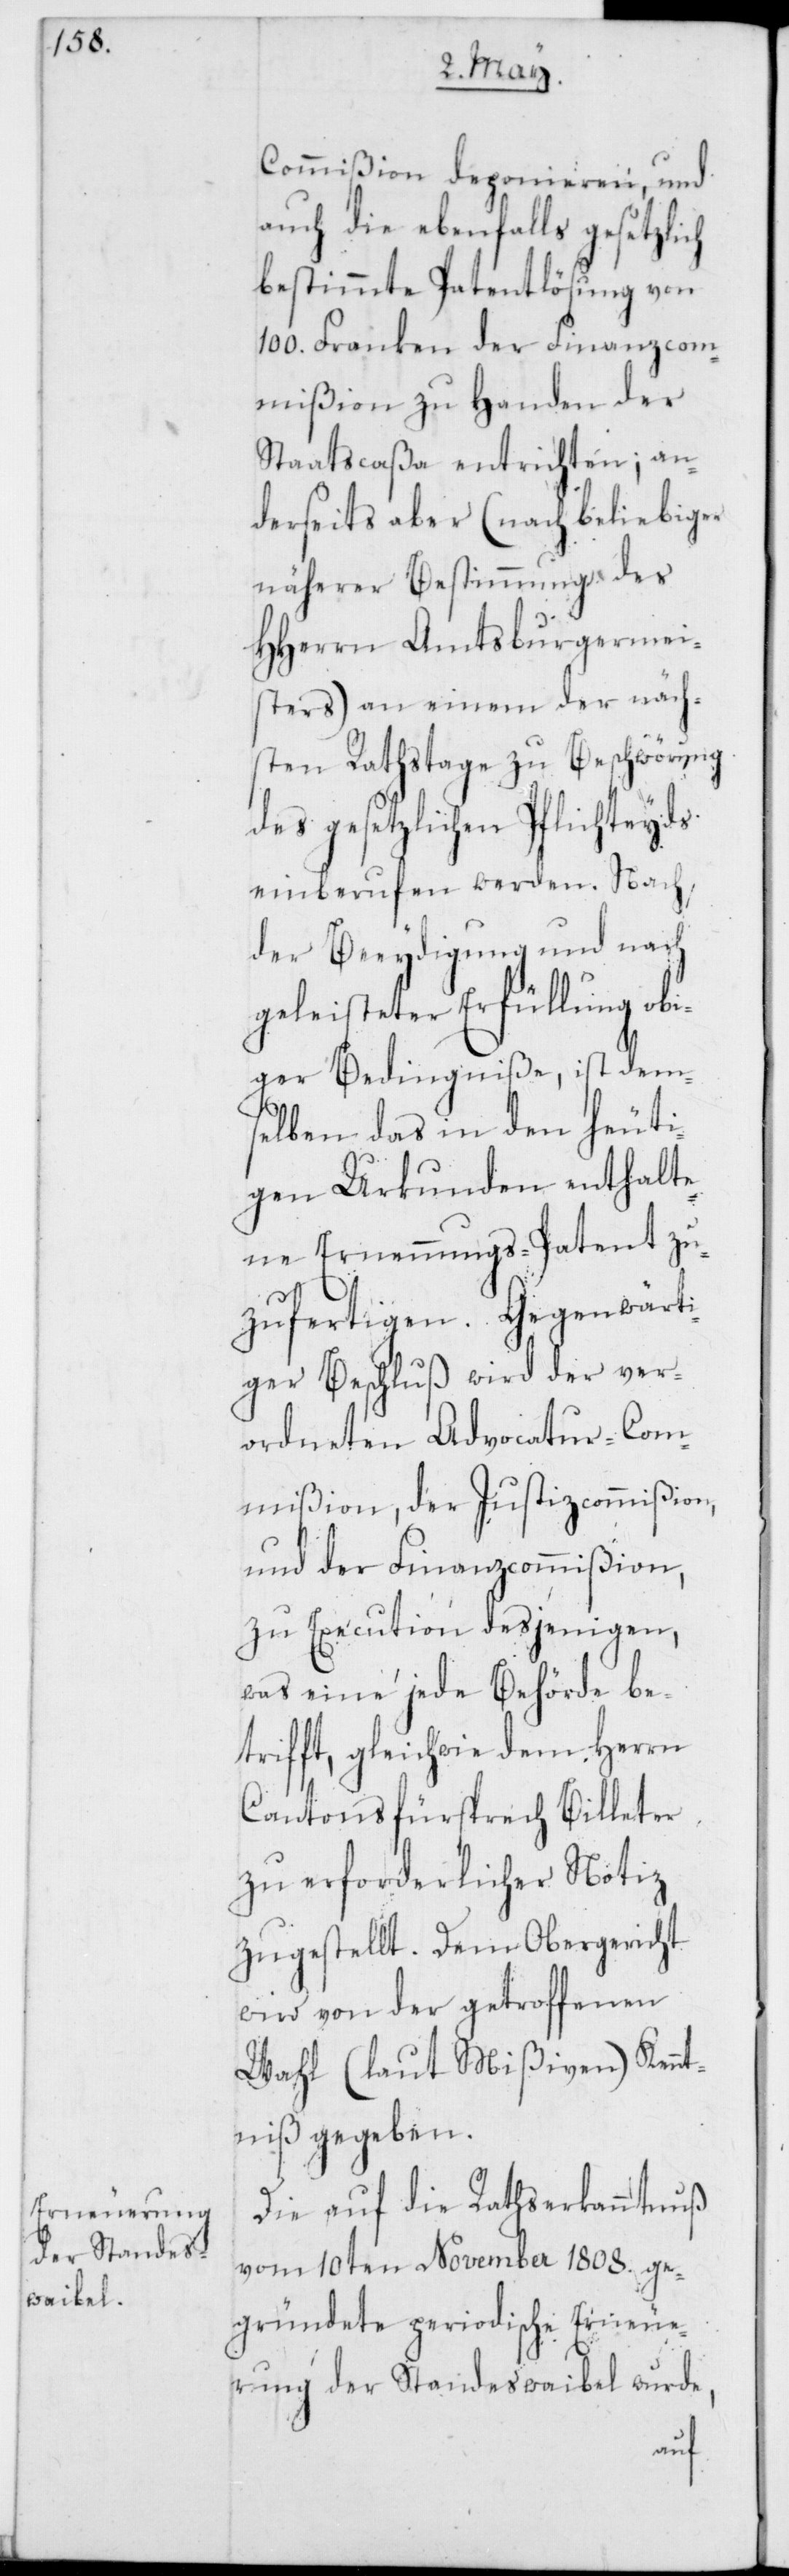
Gegenwärt¬

Commißion deponieren, und
auch die ebenfalls gesetzlich
bestimmte Patentlösung von
100. Franken der Finanzcom¬
mißion zu Handen der
Staatscaßa entrichten; an¬
derseits aber (nach beliebiger
näherer Bestimmung des
HHerren Amtsburgermei¬
sters) an einem der näch¬
sten Rathstage zu Beschwörung
des gesetzlichen Pflichteyds
einberufen werden. Nach
der Beeydigung und nach
geleisteter Erfüllung obi¬
ger Bedingniße, ist dem¬
selben das in den heuti¬
gen Urkunden enthalte¬
ne Ernennungs-Patent zu¬
iger Beschluß wird der ver¬
ordneten Advocatur-Com¬
mißion, der Justizcommißion,
und der Finanzcommißion,
zu Execution desjenigen,
was eine jede Behörde be¬
trifft, gleichwie dem Herrn
Cantonsfürsprech Billeter
zu erforderlicher Notiz
zugestellt. Dem Obergericht
wird von der getroffenen
Wahl (laut Mißiven) Kennt¬
niß gegeben.
Die auf die Rathserkanntnus
vom 10ten November 1808. ge¬
gründete periodische Erneue¬
rung der Standeswaibel wurde,
zuf¬